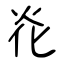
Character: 炛